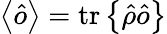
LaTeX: \left\langle\hat{o}\right\rangle=\mathrm{tr}\left\{ \hat{\rho}\hat{o}\right\}